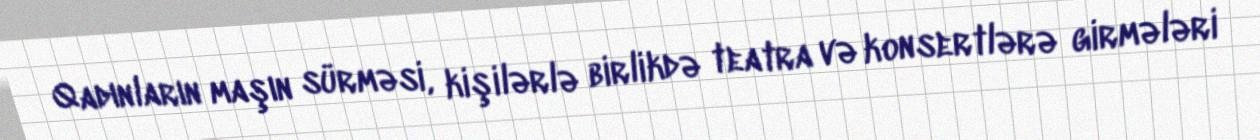
Qadınların maşın sürməsi, kişilərlə birlikdə teatra və konsertlərə girmələri